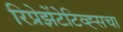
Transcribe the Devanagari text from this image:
रिप्रेझेंटेटिव्ह्सचा